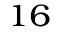
^ { 1 6 }